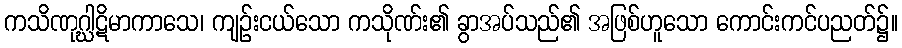
ကသိဏုဂ္ဃါဋိမာကာသေ၊ ကျဉ်းငယ်သော ကသိုဏ်း၏ ခွာအပ်သည်၏ အဖြစ်ဟူသော ကောင်းကင်ပညတ်၌။